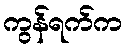
ကွန်ရက်က